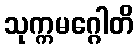
သုက္ကမဂ္ဂေါတိ